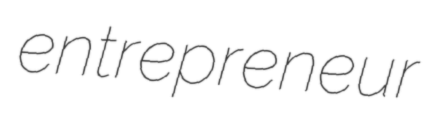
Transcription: entrepreneur